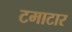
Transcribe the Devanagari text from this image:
टमाटार